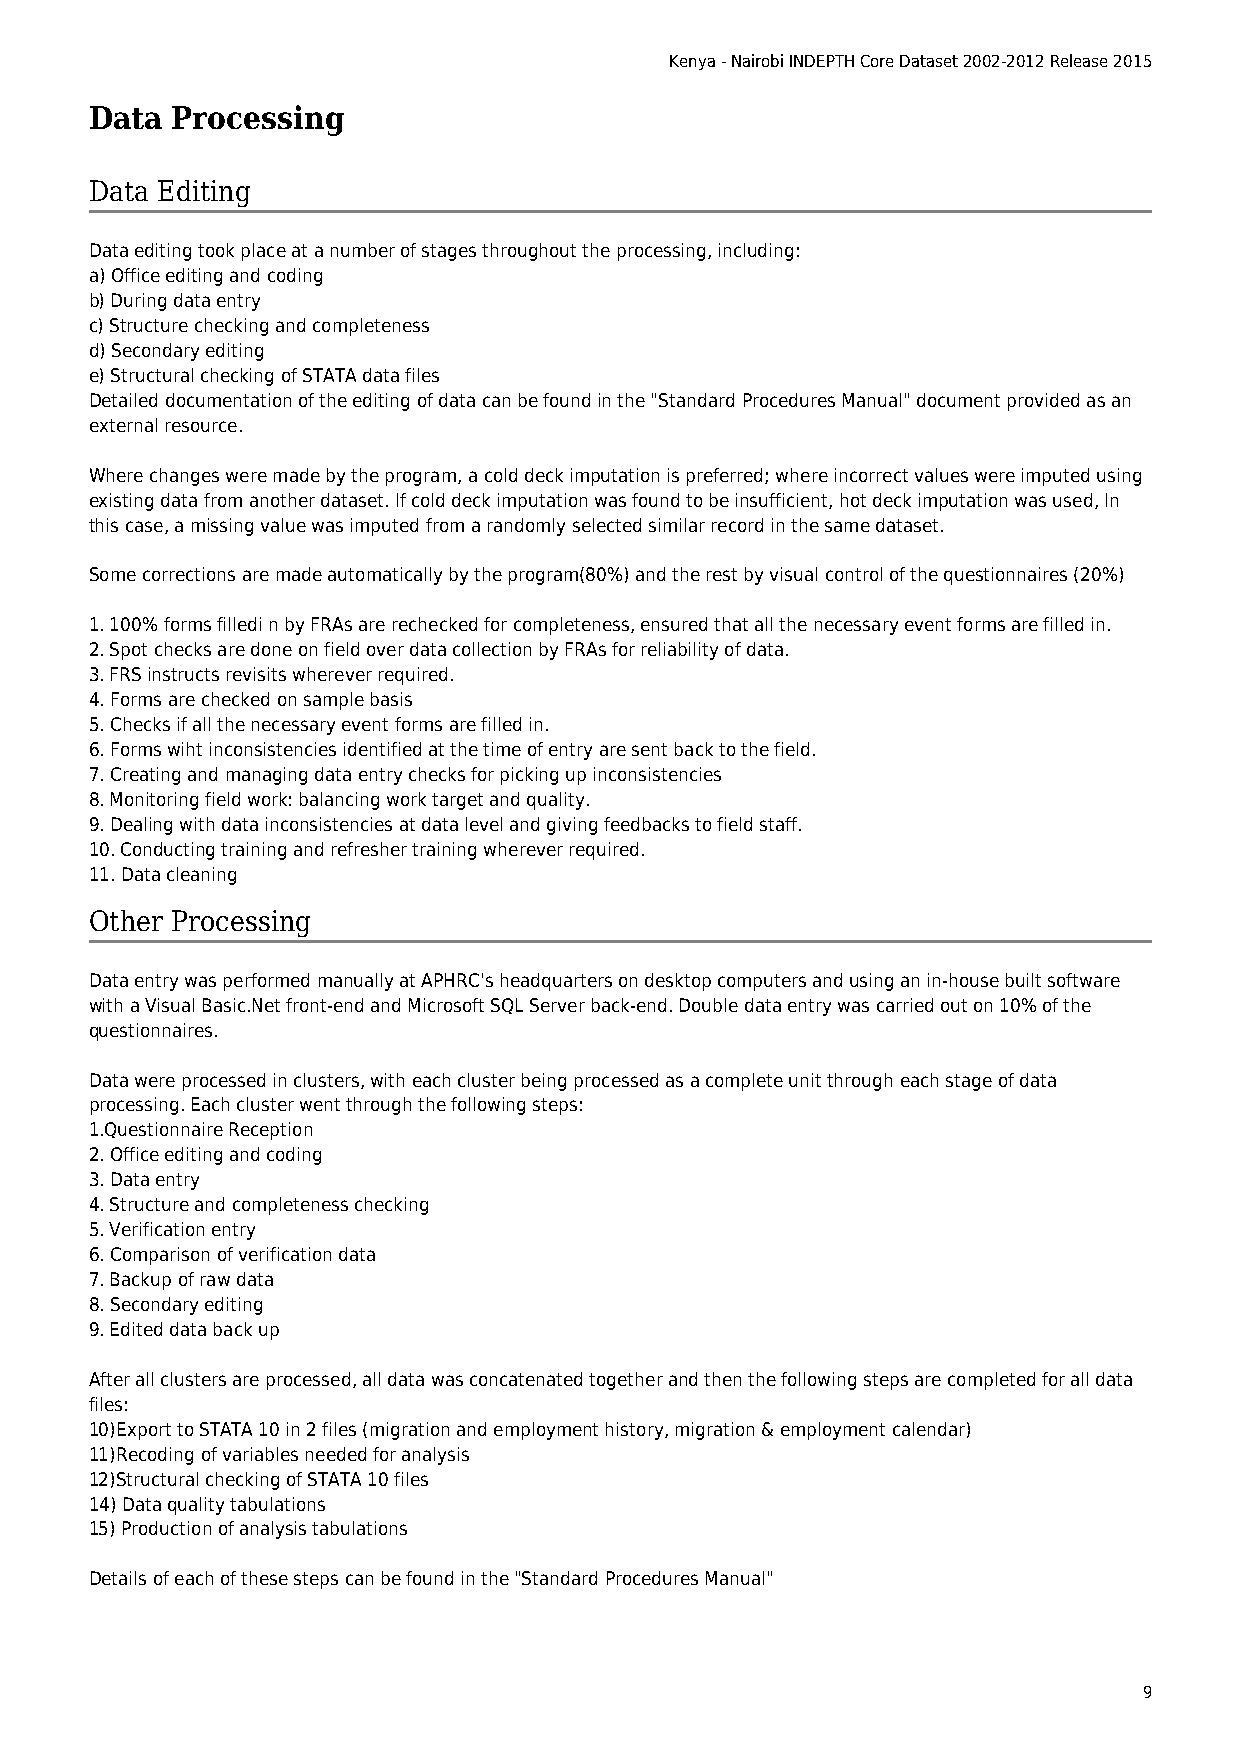
Kenya - Nairobi INDEPTH Core Dataset 2002-2012 Release 2015
 Data Processing
 Data Editing
 Data editing took place at a number of stages throughout the processing, including:
 a) Office editing and coding
 b) During data entry
 c) Structure checking and completeness
 d) Secondary editing
 e) Structural checking of STATA data files
 Detailed documentation of the editing of data can be found in the "Standard Procedures Manual" document provided as an
 external resource.
 Where changes were made by the program, a cold deck imputation is preferred; where incorrect values were imputed using
 existing data from another dataset. If cold deck imputation was found to be insufficient, hot deck imputation was used, In
 this case, a missing value was imputed from a randomly selected similar record in the same dataset.
 Some corrections are made automatically by the program(80%) and the rest by visual control of the questionnaires (20%)
 1. 100% forms filledi n by FRAs are rechecked for completeness, ensured that all the necessary event forms are filled in.
 2. Spot checks are done on field over data collection by FRAs for reliability of data.
 3. FRS instructs revisits wherever required.
 4. Forms are checked on sample basis
 5. Checks if all the necessary event forms are filled in.
 6. Forms wiht inconsistencies identified at the time of entry are sent back to the field.
 7. Creating and managing data entry checks for picking up inconsistencies
 8. Monitoring field work: balancing work target and quality.
 9. Dealing with data inconsistencies at data level and giving feedbacks to field staff.
 10. Conducting training and refresher training wherever required.
 11. Data cleaning
 Other Processing
 Data entry was performed manually at APHRC's headquarters on desktop computers and using an in-house built software
 with a Visual Basic.Net front-end and Microsoft SQL Server back-end. Double data entry was carried out on 10% of the
 questionnaires.
 Data were processed in clusters, with each cluster being processed as a complete unit through each stage of data
 processing. Each cluster went through the following steps:
 1.Questionnaire Reception
 2. Office editing and coding
 3. Data entry
 4. Structure and completeness checking
 5. Verification entry
 6. Comparison of verification data
 7. Backup of raw data
 8. Secondary editing
 9. Edited data back up
 After all clusters are processed, all data was concatenated together and then the following steps are completed for all data
 files:
 10)Export to STATA 10 in 2 files (migration and employment history, migration & employment calendar)
 11)Recoding of variables needed for analysis
 12)Structural checking of STATA 10 files
 14) Data quality tabulations
 15) Production of analysis tabulations
 Details of each of these steps can be found in the "Standard Procedures Manual"
 9